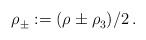
LaTeX: \begin{align*} \rho_{\pm}^{}:=(\rho^{}\pm \rho_3^{})/2 \,.\end{align*}